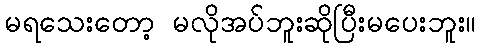
မရသေးတော့ မလိုအပ်ဘူးဆိုပြီးမပေးဘူး။